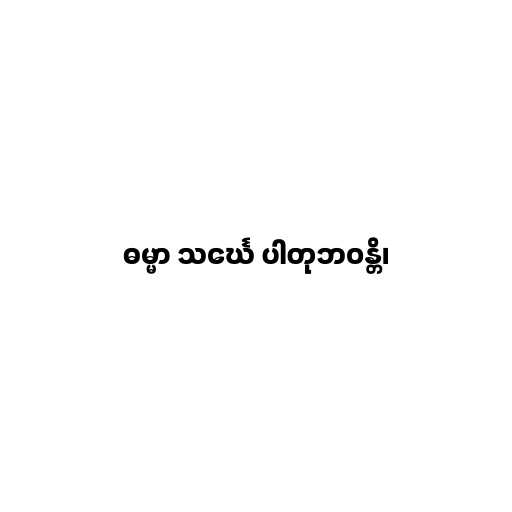
ဓမ္မာ သင်္ဃေ ပါတုဘဝန္တိ၊